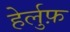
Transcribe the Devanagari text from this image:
हेर्लुफ़